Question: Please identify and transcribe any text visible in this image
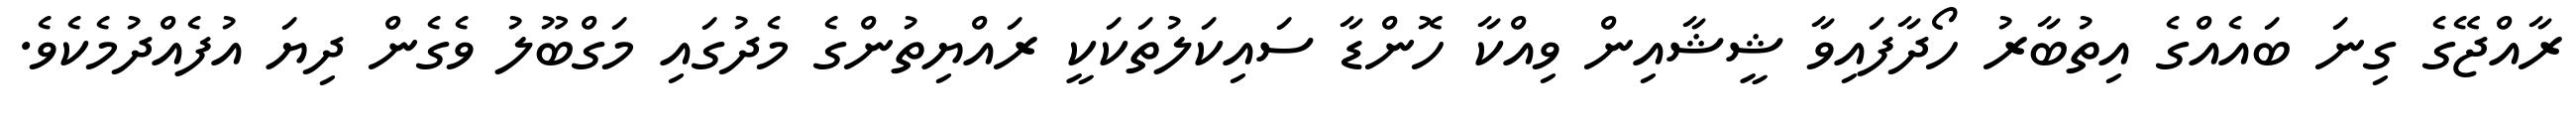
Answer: ރާއްޖޭގެ ގިނަ ބައެއްގެ އިތުބާރު ހޯދާފައިވާ ޝީޝާއިން ވިއްކާ ހޮންޑާ ސައިކަލުތަކަކީ ރައްޔިތުންގެ މެދުގައި މަގްބޫލު ވެގެން ދިޔަ އުފެއްދުމެކެވެ.